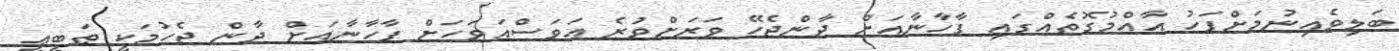
ބަލިވެއިނުމަށްފަހު އާއްމުގޮތެއްގައި ފާހާނާއަށް ދާންޖެހޭ ވަރަށްވުރެ އަވަސްއަވަހަށް ފާހާނާއަށް ދާން ޖެހުމަކީ ޠަބީޢީ